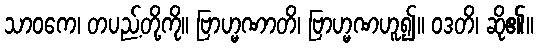
သာဝကေ၊ တပည့်တို့ကို။ ဗြာဟ္မဏာတိ၊ ဗြာဟ္မဏဟူ၍။ ဝဒတိ၊ ဆို၏။